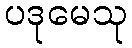
ပဒုမေသု